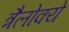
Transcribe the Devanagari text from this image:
त्रैलोक्ये